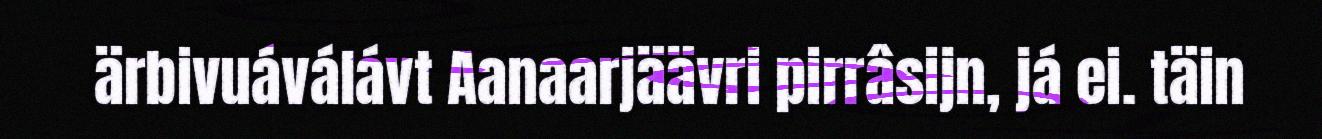
ärbivuáválávt Aanaarjäävri pirrâsijn, já ei. täin